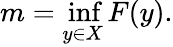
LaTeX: m=\operatorname*{inf}_{y\in X}F(y).